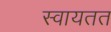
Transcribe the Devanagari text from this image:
स्वायतत